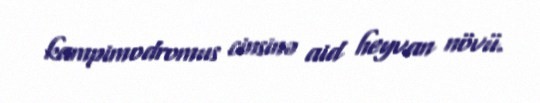
kampimodromus cinsinə aid heyvan növü.